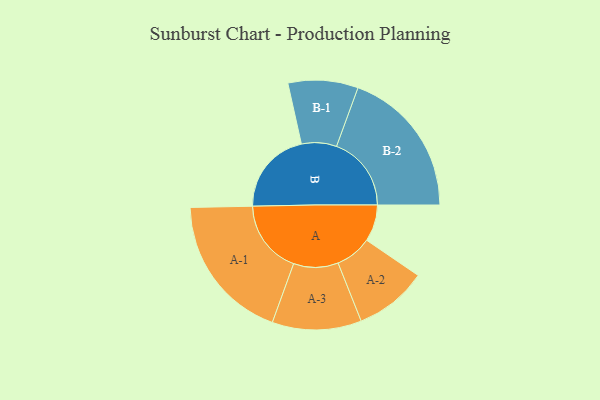
{"axis": {"x": "Segment", "y": "Value"}, "legend": ["", "A", "B"], "data": [{"x": "A", "y": 107, "type": ""}, {"x": "B", "y": 245, "type": ""}, {"x": "A-1", "y": 215, "type": "A"}, {"x": "A-2", "y": 106, "type": "A"}, {"x": "A-3", "y": 130, "type": "A"}, {"x": "B-1", "y": 102, "type": "B"}, {"x": "B-2", "y": 218, "type": "B"}]}